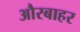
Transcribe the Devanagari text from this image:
औरबाहर